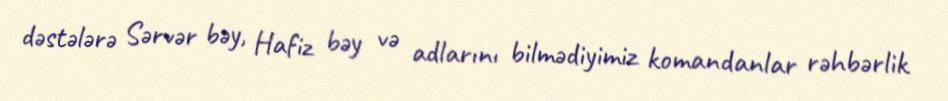
dəstələrə Sərvər bəy, Hafiz bəy və adlarını bilmədiyimiz komandanlar rəhbərlik